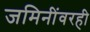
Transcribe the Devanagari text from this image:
जमिनींवरही